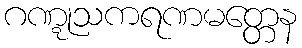
ဂဏ္ဋုသကရဏမတ္တေန